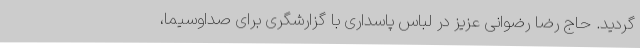
گردید. حاج رضا رضوانی عزیز در لباس پاسداری با گزارشگری برای صداوسیما،